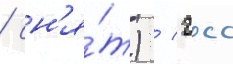
/ сн'я́т) / гсс